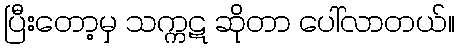
ပြီးတော့မှ သက္ကဋ ဆိုတာ ပေါ်လာတယ်။